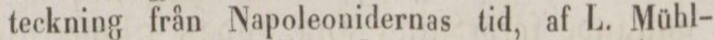
teckning från Napoleonidernas tid, af L. Mühl-